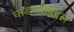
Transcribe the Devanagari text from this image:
धाडण्याबद्दल